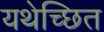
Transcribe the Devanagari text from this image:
यथेच्छित